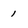
Character: 1